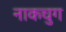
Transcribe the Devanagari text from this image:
नाकचुग